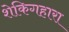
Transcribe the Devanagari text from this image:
शेकिगहारा